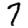
Digit: 7